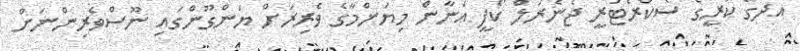
އދގެ ކުރީގެ ސެކްރެޓަރީ ޖެނެރަލް ކޯފީ އަނާން މިޔަންމާގެ ވެރިރަށް ޔަންގޫންގައި ނޫސްވެރިންނަށް